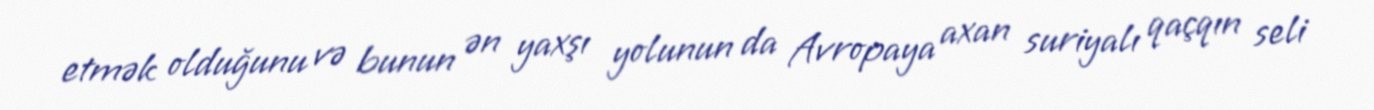
etmək olduğunu və bunun ən yaxşı yolunun da Avropaya axan suriyalı qaçqın seli